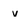
Character: v